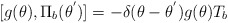
\begin{align*}[g(\theta),{\Pi}_b({\theta}^{'})]=-{\delta}({\theta} - {\theta}^{'})g(\theta)T_b\end{align*}